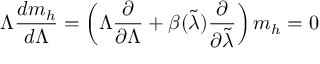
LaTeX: \Lambda \frac { d m _ { h } } { d \Lambda } = \left( \Lambda \frac { \partial } { \partial \Lambda } + \beta ( \tilde { \lambda } ) \frac { \partial } { \partial \tilde { \lambda } } \right) m _ { h } = 0